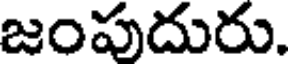
జంపుదురు.